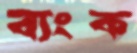
ব্যংক